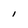
Character: l